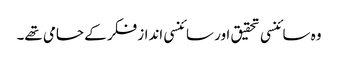
وہ سائنسی تحقیق اور سائنسی انداز فکر کے حامی تھے۔